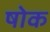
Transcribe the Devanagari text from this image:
षोक